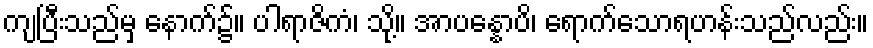
ကျပြီးသည်မှ နောက်၌။ ပါရာဇိကံ၊ သို့။ အာပန္နောပိ၊ ရောက်သောရဟန်းသည်လည်း။